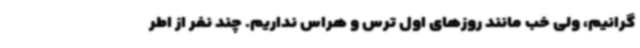
گرانیم، ولی خب مانند روزهای اول ترس و هراس نداریم. چند نفر از اطر